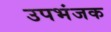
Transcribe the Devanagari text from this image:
उपभंजक